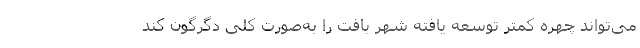
می‌تواند چهره کمتر توسعه ‌یافته شهر بافت را به‌صورت کلی دگرگون کند